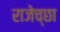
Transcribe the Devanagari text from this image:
राजेच्छा